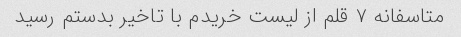
متاسفانه ۷ قلم از لیست خریدم با تاخیر بدستم رسید